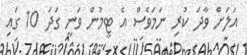
އަލަށް ވާދަ ކުރި ނަމަވެސް އެ ޓީމުން ވަނީ ގަދަ 10 ގައި